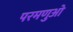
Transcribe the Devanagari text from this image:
परमणुओ